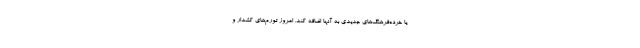
یا خرده‌فرهنگ‌های جدیدی به آنها اضافه کند. امروز تورم‌های کشدار و